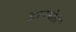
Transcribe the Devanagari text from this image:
ज्ञानस्रोतों